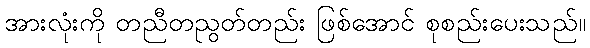
အားလုံးကို တညီတညွတ်တည်း ဖြစ်အောင် စုစည်းပေးသည်။